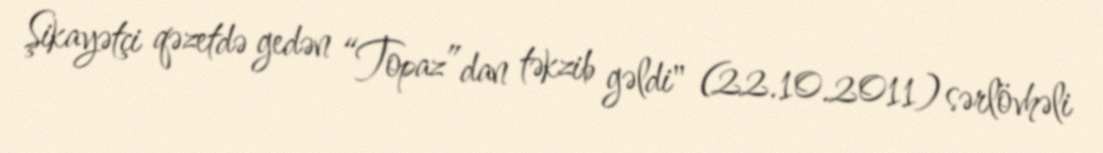
Şikayətçi qəzetdə gedən “Topaz”dan təkzib gəldi" (22.10.2011) sərlövhəli